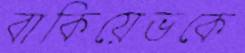
বাকিয়েভকে